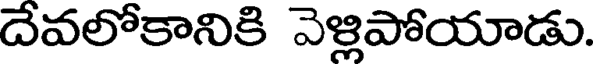
దేవలోకానికి వెళ్లిపోయాడు.